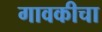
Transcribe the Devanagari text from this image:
गावकीचा